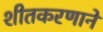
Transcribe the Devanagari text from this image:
शीतकरणाने